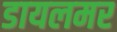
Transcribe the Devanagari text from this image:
डायलमर